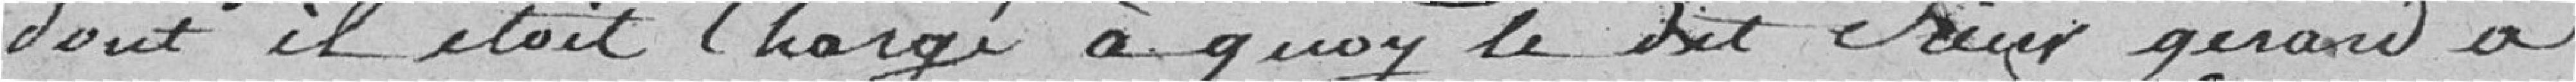
dont il était Chargé à quoy le dit Sieur girard a